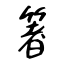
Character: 箸